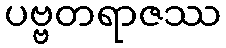
ပဗ္ဗတရာဇဿ